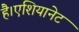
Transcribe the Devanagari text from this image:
है।एशियानेट